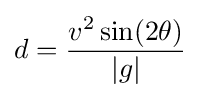
d={\frac {v^{2}\sin(2\theta )}{|g|}}